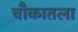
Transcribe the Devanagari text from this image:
चौकातला